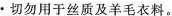
·切勿用于丝质及羊毛衣料。